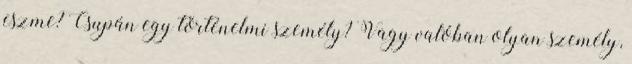
eszme? Csupán egy történelmi személy? Vagy valóban olyan személy,